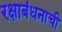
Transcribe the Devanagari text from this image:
रक्षाबंधनाची